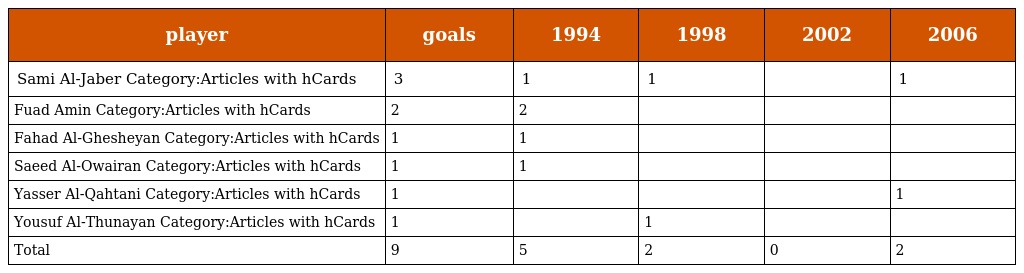
| player | goals | 1994 | 1998 | 2002 | 2006 |
 | --- | --- | --- | --- | --- | --- |
 | Sami Al-Jaber Category:Articles with hCards | 3 | 1 | 1 |  | 1 |
 | Fuad Amin Category:Articles with hCards | 2 | 2 |  |  |  |
 | Fahad Al-Ghesheyan Category:Articles with hCards | 1 | 1 |  |  |  |
 | Saeed Al-Owairan Category:Articles with hCards | 1 | 1 |  |  |  |
 | Yasser Al-Qahtani Category:Articles with hCards | 1 |  |  |  | 1 |
 | Yousuf Al-Thunayan Category:Articles with hCards | 1 |  | 1 |  |  |
 | Total | 9 | 5 | 2 | 0 | 2 |